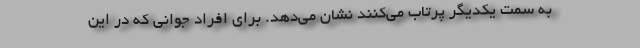
به سمت یکدیگر پرتاب می‌کنند نشان می‌دهد. برای افراد جوانی که در این